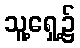
သူ့ရှေ့၌